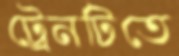
ট্রেনটিতে